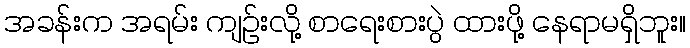
အခန်းက အရမ်း ကျဉ်းလို့ စာရေးစားပွဲ ထားဖို့ နေရာမရှိဘူး။